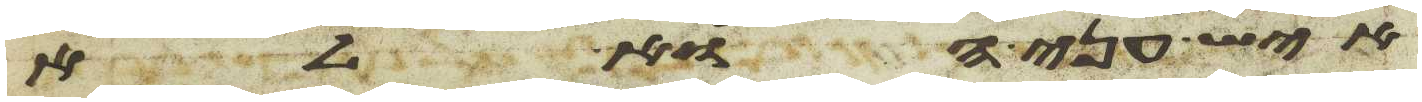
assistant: איש עני הוא לא